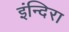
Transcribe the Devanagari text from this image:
इंन्दिरा